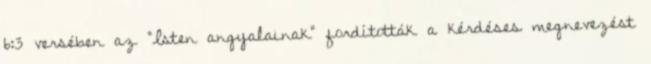
6:3 versében az "Isten angyalainak" fordították a kérdéses megnevezést